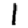
Digit: 1